King Institute of Preventive Medicine Bacteriolog. Section reports 1907-08
Year: 1907
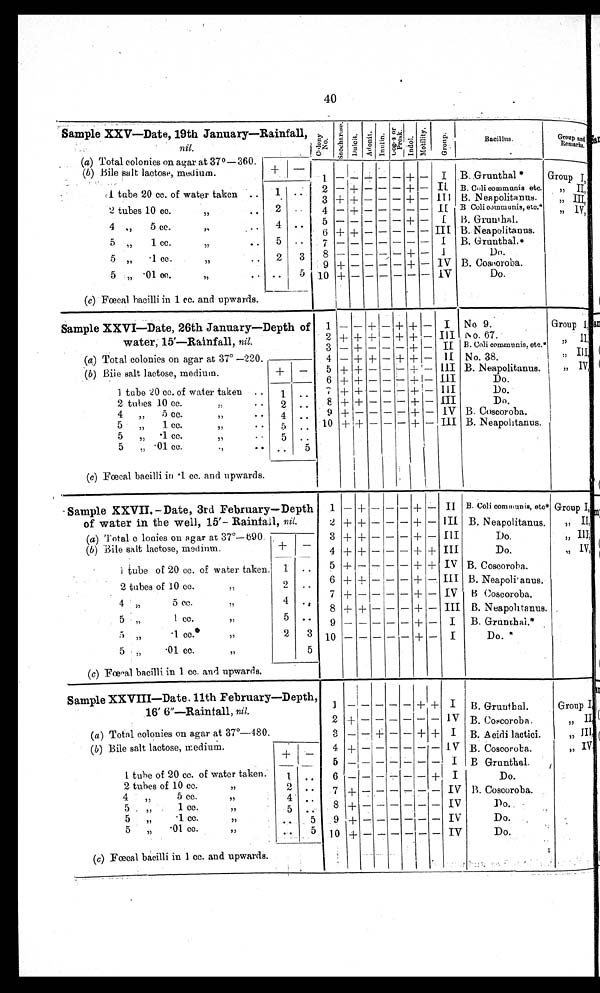
40
Sample XXV—Date, 19th january Rainfall,n i l .
1 9 t h j a n u a r y R a i n f a l l , , ,
1 9 t h J a n u a r y — R a i n f a l l ,
nit.
C o l o n y
N o
S a c c h a r o s e Du l c i t A d o n i t
Up g r s p r
pr os k
I n d o l M p t i l i t y
G r o u p s
Bacillus.
Group and
Remarks.
(a) Total colonies on agar at 37 °— 360.
( b ) Bile Salt lactose, medium.
+
1 — — -
— + — I B.Grunthal. *
Group I
1 tube 20 cc. of water taken ..
1
2
3
—
+
— — — — — —
+—
+—
I I
III
B. Coli communis etc.
,,
II,
, ,
I I I ,
2 tubes 10 cc.
. .
4 — + _ — — — II B Coli communis etc
,,
IV
4 „ 5 cc.
,, ..
5 „
1 cc.
, ,
4
5
..
• •
5
6
7
— — —
+ +
— —
—
—
—
—
—
—
—
—
+ —
— —
— —
I
III
I
B. Grunthal.
B. Neapolitanus.
B. Grunthal.*
5
. .I cc.
.. 2
8
+ — I
D o .
,,
9 + — — — — + — IV B. Coscoroba..
5 ,,
.0 1 c c .
, ,
. .
(c)Fœcal bacilli in 1 cc. and upwards.
. . . .
5
10 +
IV
Do.
_
Sample XXVI—Date, 26th January—Depth of
water, 15'—Rainfall nil.
—
1
2
3
—
+
—
—
+
+
+
+
—
—
—
—
+
+
—
+
+
+
—
—
—
I
I I I
II
No 9.
No. 67.
B. Coli communis. etc.*
Group I,
II,
(a) Total colonies on agar at 37° —220.
4 — + + — + + — 11 No. 38.
" III
( b ) Bile salt lactose, medium.
1 tube 20 cc. of water taken ..
+
5
6
7
+
+
+
+
+
+
—
—
—
—
—
—
—
—
—
+
+
+
—
—
—
I I I
III I I I
B. Neapolitanus.
Do.
Do.
„ IV,
1
2 tubes 10 cc...
,,
2
. .
.. 8 + + — — — + — III
Do.
4 „ 5 cc... ,,
4
..
9 + — — — —
+ — IV B. Coscoroba.
5 „ 1 cc... , ,
5 . . . 10 + + — — — + — III B. Neapolitanus.
5 „ • 1
c c , ,
,,
5
. .
5 ., .01 cc... . ,
(c) Fœcal bacilli in .1 cc. and upwards.
..
5
Sample XXVII,
—
Date, 3rd February-Depth 1
—
+
— — —
+
—
II B. Coli communis, etc.* Group I,
of water in the well, 15'- Rainfall,
( a) Total colonies on agar at 37°—690.
nil.
2
3
+
+
+
+
—
—
—
—
—
—
+
+
—
—
III
B. Neapolitanus.
III
Do.
„ II,
„ III
( b ) Bile salt lactose, medium.
+ — 4 + + — — — + + III
Do.
„ IV,
1 tube of 20 cc. of water taken. 1 . . 5 + — —
— + + IV B. Coscoroba.
2 tubes of 10
of
tubes of 10.
c c
2 t u b e s o f 1 0
of
tubes of 10.
c c
, ,
2 . . 6 +
— — — + —. III B. Neapolitanus.
4 „
5 cc.
, ,
5
1 cc.
,,
,,
4
5
. .
..
7
8
9
+
+
—
+
—
—
—
—
—
—
±
+
+
—
—
—
IV B Coscoroba.
III B. Neapolitanus.
I B. Grunthal.*
5 ,,
•1 cc.
, ,
2 3 10
+ — I
Do.
5 . 77
.01 cc.
,,
( c) Fœcal bacilli in 1 cc. and upwards.
5
Sample XXVIII—Date. 11th February—Depth,
16' 6"—Rainfall, nil.
1 — — — — — + + I B. Grunthal.
Group I
2 + — — — — — — IV B. Coseoroba.
,, II
(a ) Total colonies on agar at 37°—480.
3 — — + — — + + I B. Acidi lactici.
„
I I I
( b ) Bile salt lactose, medium.
4
+
—
L V B. Coscoroba.
77
IV
1 tube of 20 cc. of water taken.
+
______ ___
..
5
6
I
+ I
B Grunthal.
Do.
2 tubes of 10 cc.
, ,
4 „
5 cc.
,,
5 ,,
1 cc.
, ,
2
4
5
. .
7
8
+ —
+ —
IV
IV
B. Coscoroba.
Do.
5
,, •1 cc.
, ,
5 „ .01 cc.
,,
(c ) Fœcal bacilli in 1 cc. and upwards.
. . . .
5
5
9
10
+ —
+ —
— —
— — — — ——-
IV
IV
Do.
Do.